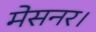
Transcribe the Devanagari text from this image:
मेसनर।